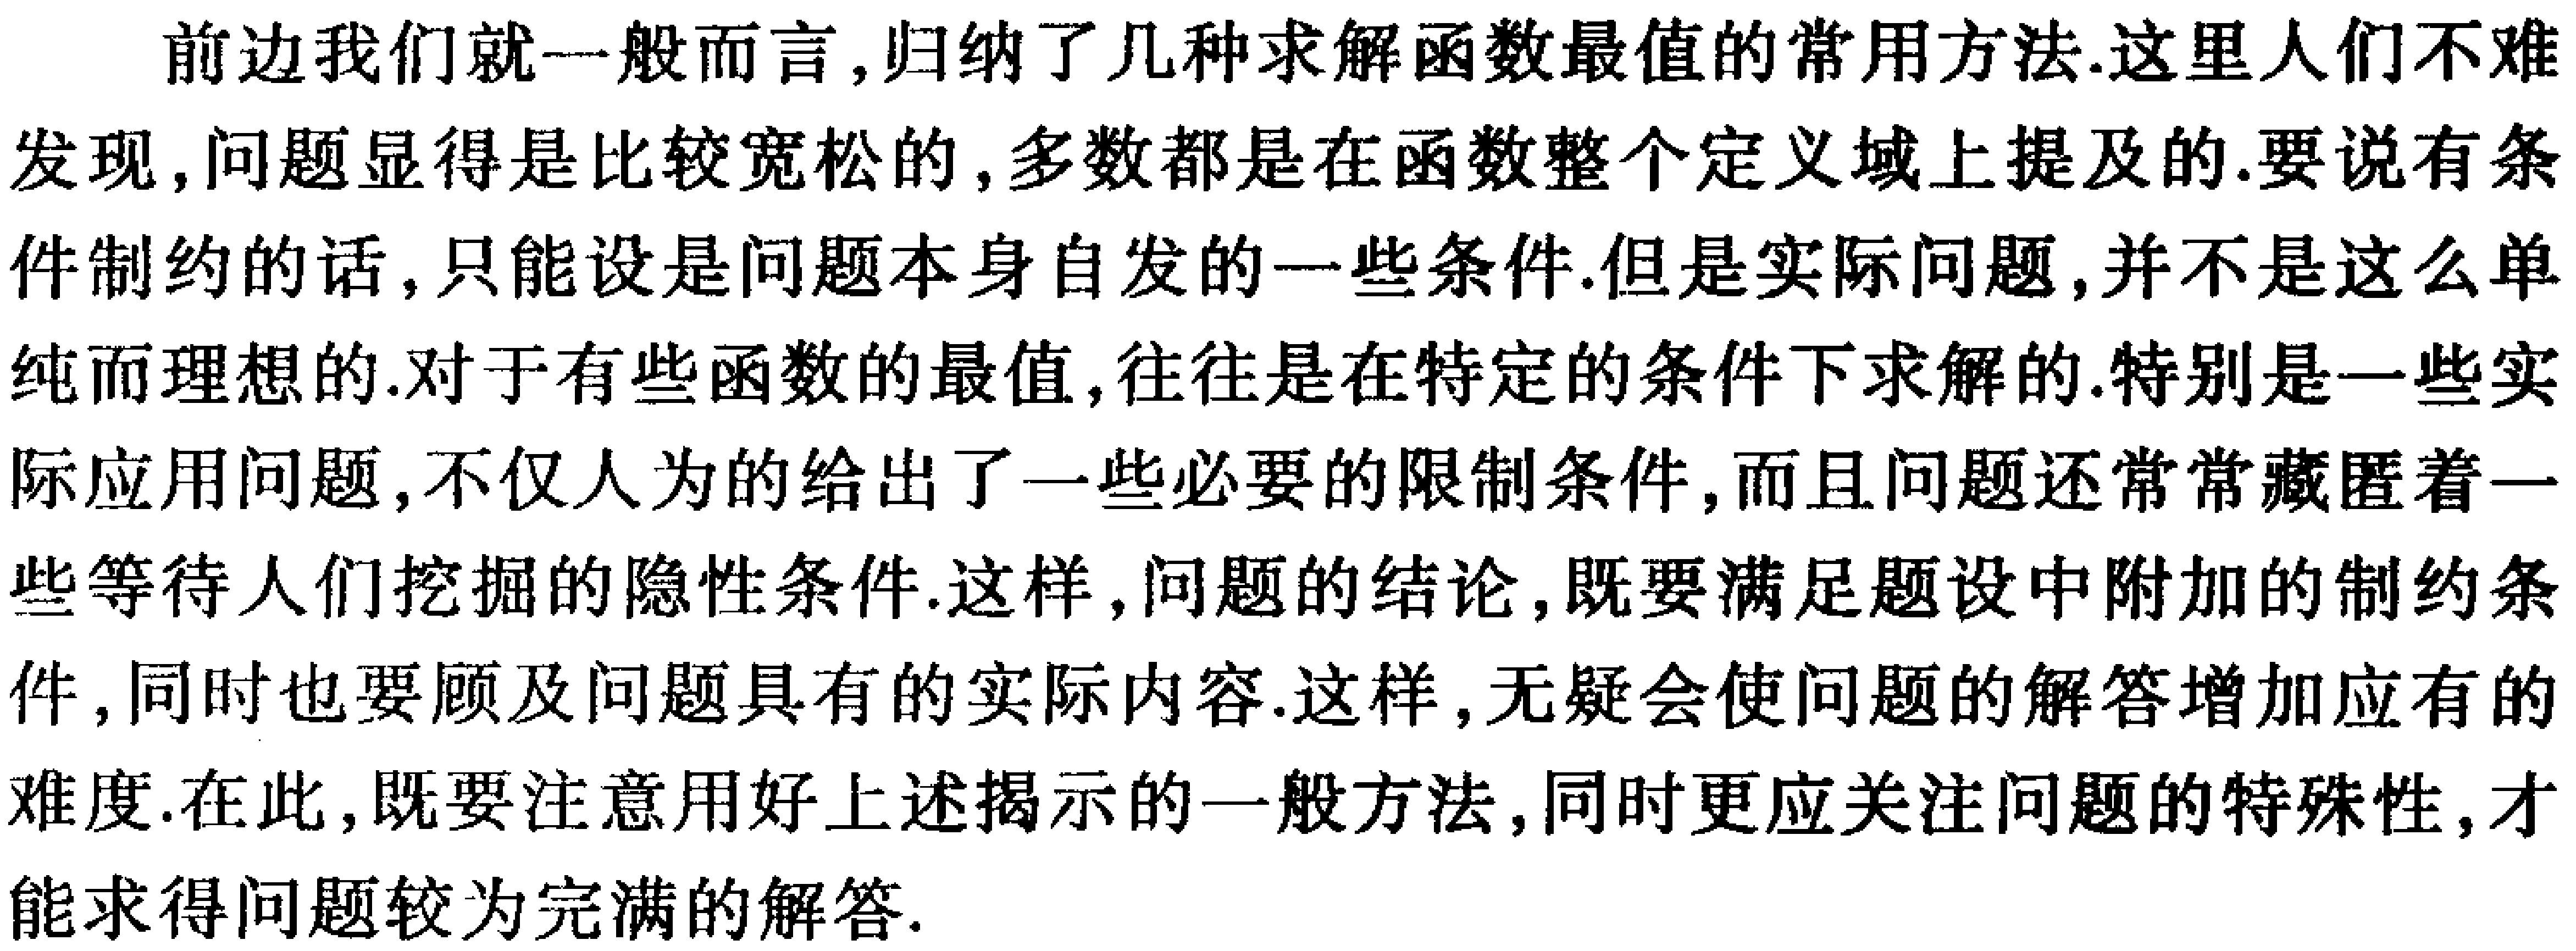
前边我们就一般而言,归纳了几种求解函数最值的常用方法.这里人们不难发现,问题显得是比较宽松的,多数都是在函数整个定义域上提及的.要说有条件制约的话,只能设是问题本身自发的一些条件.但是实际问题,并不是这么单纯而理想的.对于有些函数的最值,往往是在特定的条件下求解的.特别是一些实际应用问题,不仅人为的给出了一些必要的限制条件,而且问题还常常藏匿着一些等待人们挖掘的隐性条件.这样,问题的结论,既要满足题设中附加的制约条件,同时也要顾及问题具有的实际内容.这样,无疑会使问题的解答增加应有的难度.在此,既要注意用好上述揭示的一般方法,同时更应关注问题的特殊性,才能求得问题较为完满的解答.